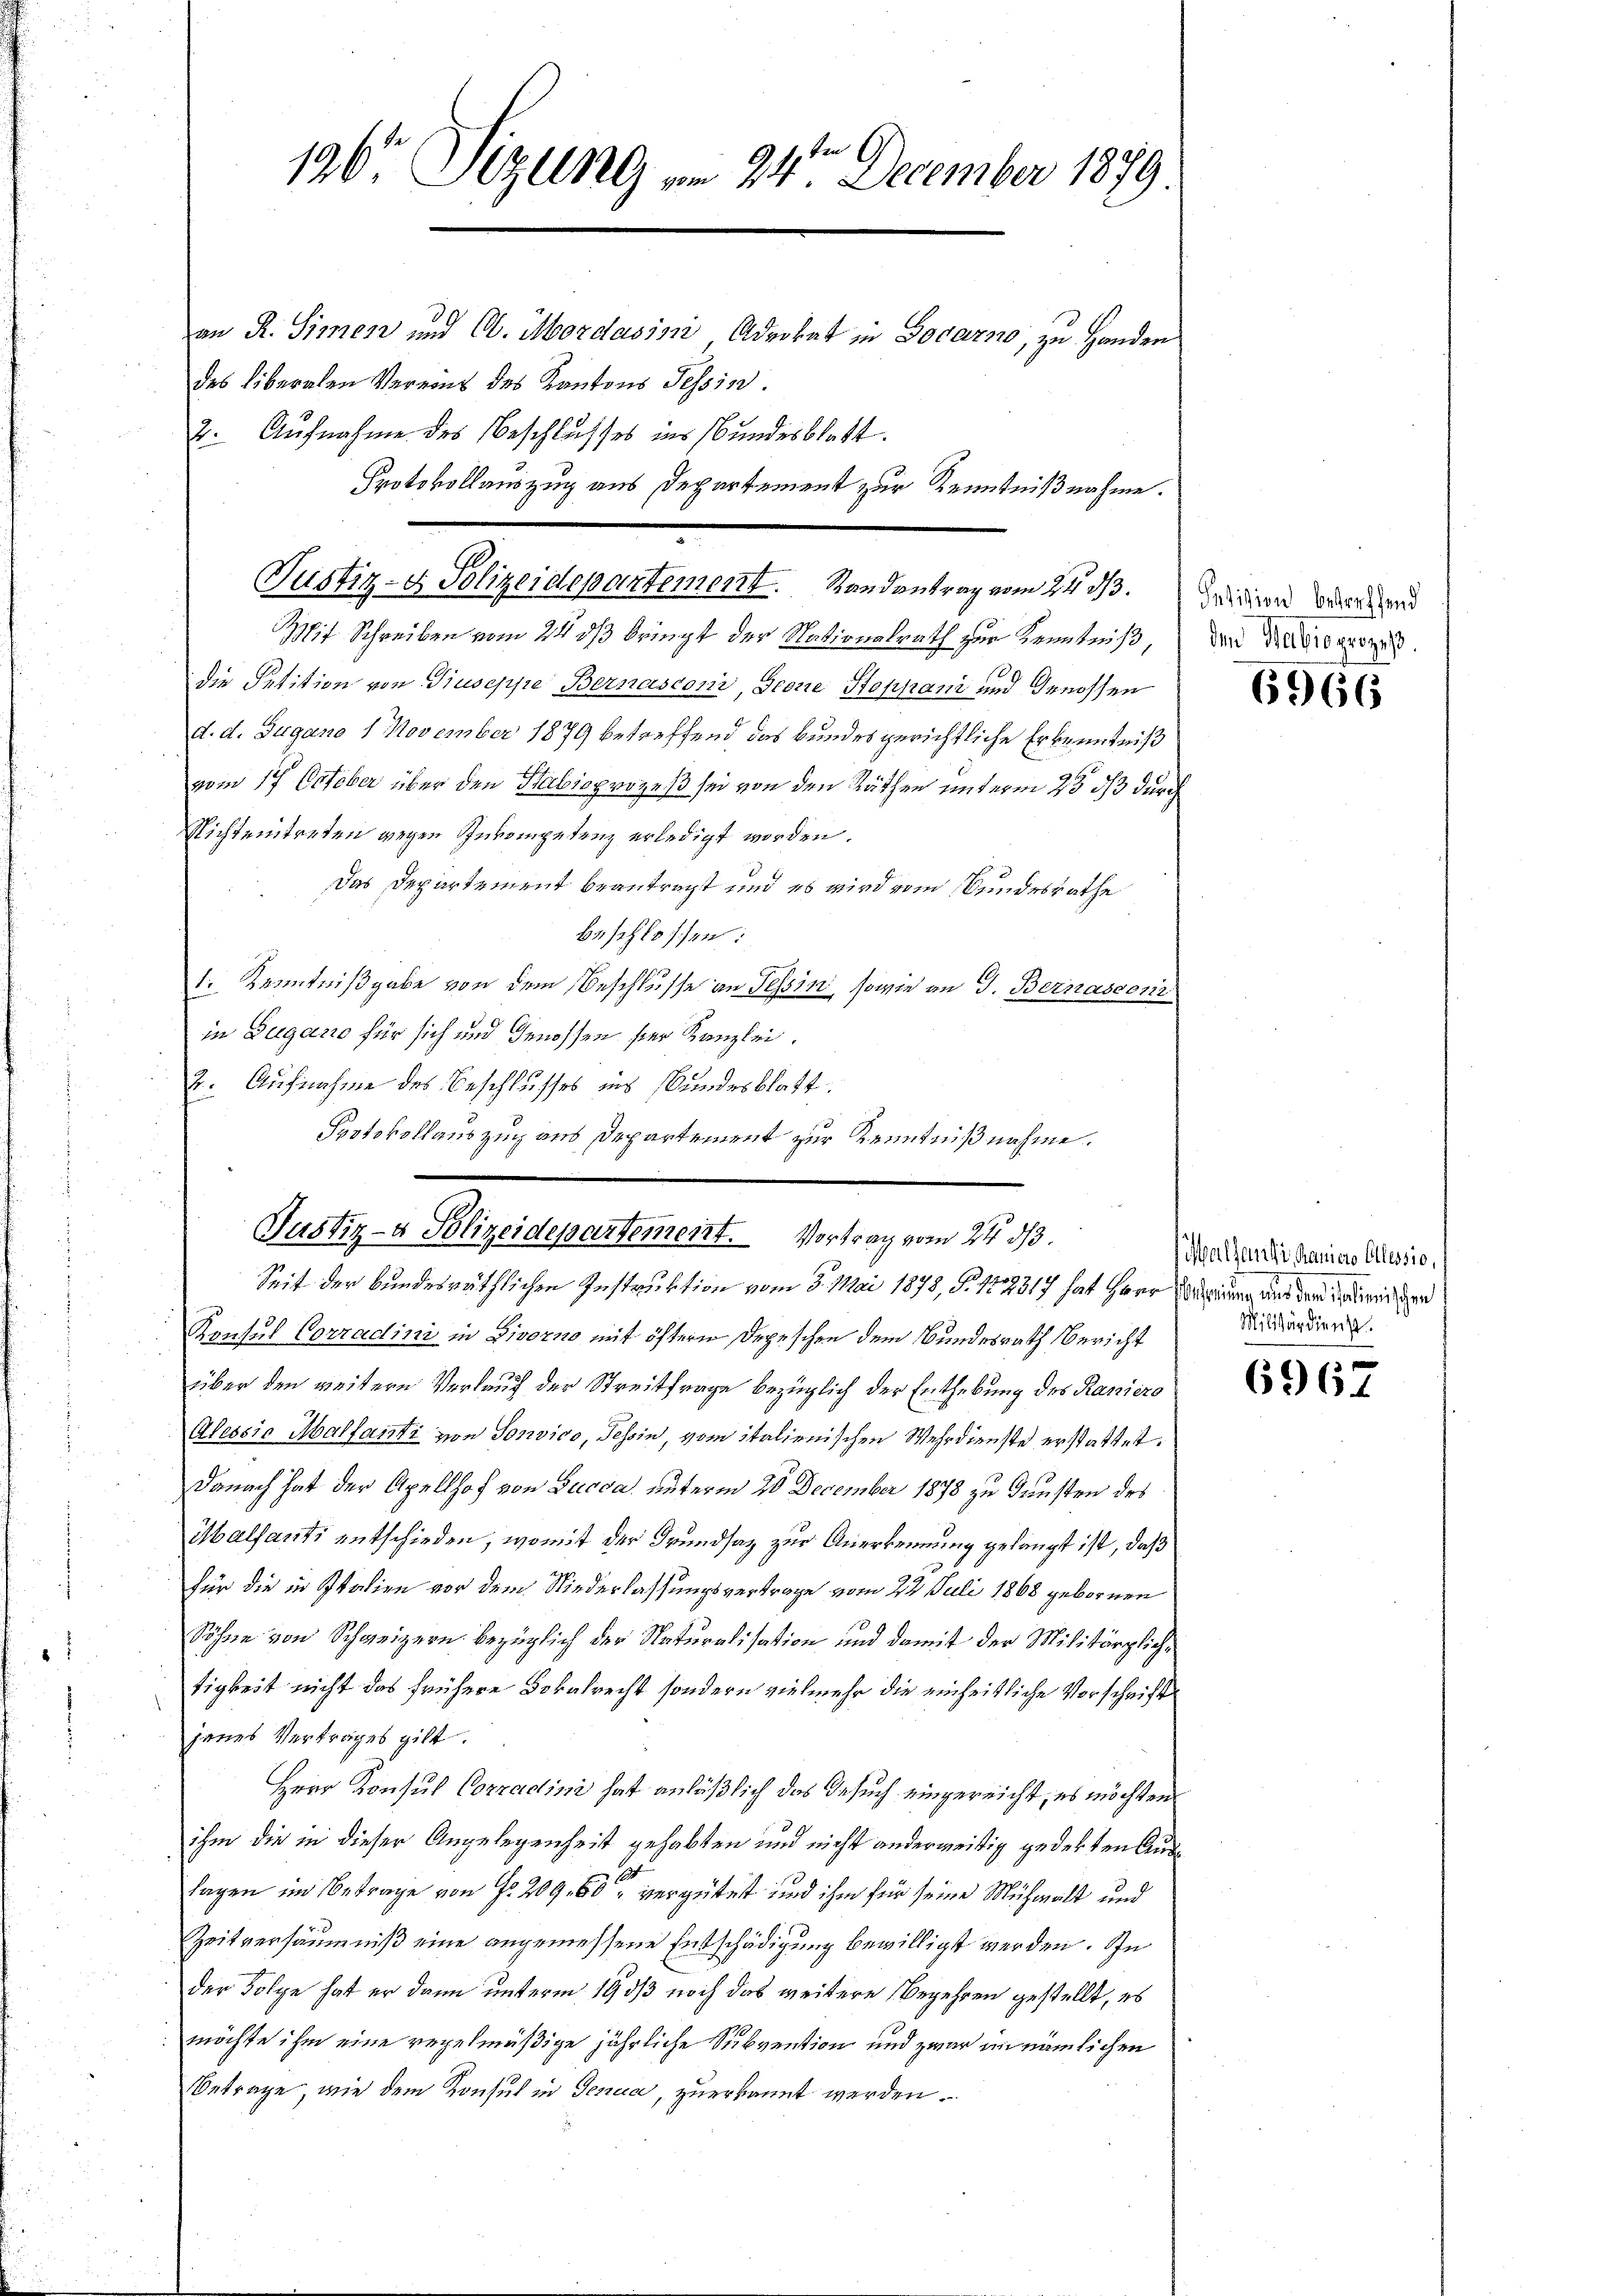
196 Sizung vom 24ten December 1879
an R. Simesz und Ob. Mordasis Advokat in Locarno, zu Handen
des Liberalen Vereint des Kantons Tessin.
2. Aufnahme des Beschlusses ins Bundesblatt.
Protokollauszug aus Departement zur Kenntnißnahme.

Justiz- & Polizeidepartement. Randantrag vom 24. ds. Wien den
Mit Schreiben vom 24 dß bringt der Nationsrath zur Kenntniß

die Petition von Giuseppe Bernasconi, Georie Stoppani und Genossen
d. d. Sugano 1 November 1879 betreffend das Bundes gerichtliche Erkenntniß
vom 17 October über den Stabioprozeß sei von den Räthen unterm 23 33 durch
Nichtentreten gegen Inkompetenz erledigt worden.
Das Departement beantragt und es wird vom Bundesrathe
beschlossen:
1. Kenntnißgabe von dem Beschlusse an Tessin, sowie an J. Bernasconi
in Zugano für sich und Genossen hier Kanzlei.
2. Aufnahme des Beschlusses ins Bundesblatt.
Protokollauszug aus Departement zur Kenntnißnahme.

Justiz- & Polizeidepartement. Vortrag vom 24. 313.
Seit der bundesräthlichen Instruktion vom 3. Mai 1878, S. 1872317 hat Herr Meinung und der Entwicken

d
Konsul Corradini in Divorno mit öftern Depeschen dem Bundesrath Bericht
über den weitern Verlauf der Streitfrage bezüglich der Enthebung des Raniero
Alessio Malfanti von Sonvico, Tessin, vom italienischen Wehrdienste erstattet.
Danach hat der Apellhof von Lucca, unterm 20 December 1878 zu Gunsten des
Malfanti entschieden, womit der Grundsatz zur Anerkennung gelangt ist, daß
für die in Italien vor dem Niederlassungsvertrage vom 22. Juli 1868 gebornen
Söhne von Schweizern bezüglich der Naturalisation und damit der Militärglichtigkeit nicht das frühere Dokalrecht sondern vielmehr die einheitliche Vorschrift
jenes Vertrages gilt.
Herr Konsul Corradini hat anläßlich das Besuch eingereicht, es möchten
ihm die in dieser Angelegenheit gehabten und nicht anderweitig gedekten Aus¬
1
lagen im Betrage von Fr. 209. 60 vergütet und ihm für seine Mühwalt und
Zeitversäumniß eine angemessene Entschädigung bewilligt werden. In
der Folge hat er dann unterm 19 dß noch das weitere Begehren gestellt, es
möchte ihm eine regelmäßige jährliche Subvention und zwar im nämlichen
Betrage, wie dem Konsul in Genica, zuerkannt werden.

den Babio prozeß.

6966

Malhausi, Paniers Allessio,
Militärdienst

6967